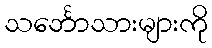
သင်္ဘောသားများကို